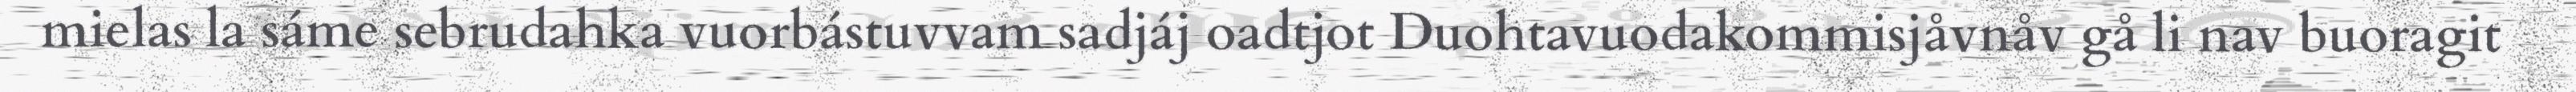
mielas la sáme sebrudahka vuorbástuvvam sadjáj oadtjot Duohtavuodakommisjåvnåv gå li nav buoragit